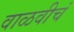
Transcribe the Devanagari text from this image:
वाळवीचं